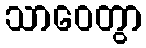
သာဝေတွာ